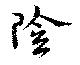
陰